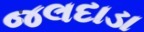
જલદાડા